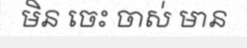
មិន ចេះ ចាស់ មាន